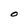
Character: O